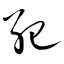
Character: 纪